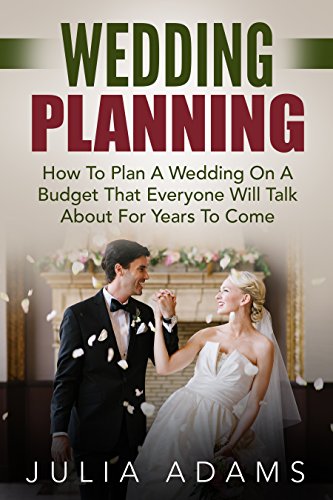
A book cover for Wedding Planning: How To Plan A Wedding On A Budget That Everyone Will Talk About For Years To Come (Wedding, Wedding Ideas Decorations, Wedding Budget); Julia Adams; Crafts, Hobbies & Home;